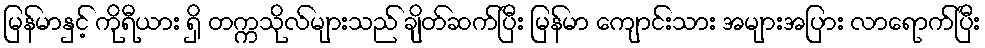
မြန်မာနှင့် ကိုရီယား ရှိ တက္ကသိုလ်များသည် ချိတ်ဆက်ပြီး မြန်မာ ကျောင်းသား အများအပြား လာရောက်ပြီး